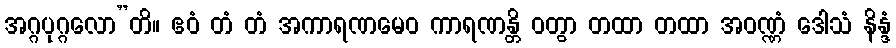
အဂ္ဂပုဂ္ဂလော”တိ။ ဧဝံ တံ တံ အကာရဏမေဝ ကာရဏန္တိ ဝတွာ တထာ တထာ အဝဏ္ဏံ ဒေါသံ နိန္ဒံ